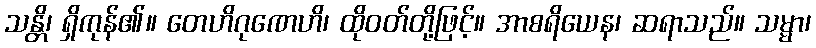
သန္တိ၊ ရှိကုန်၏။ တေဟိဂုဏေဟိ၊ ထိုဝတ်တို့ဖြင့်။ အာစရိယေန၊ ဆရာသည်။ သမ္မာ၊